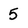
Character: 5